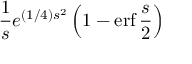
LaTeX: { \frac { 1 } { s } } e ^ { ( 1 / 4 ) s ^ { 2 } } \left( 1 - \operatorname { e r f } { \frac { s } { 2 } } \right)